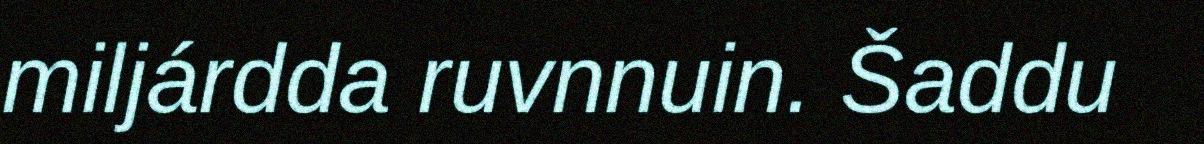
miljárdda ruvnnuin. Šaddu